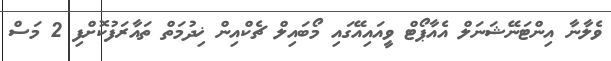
ވެލާނާ އިންޓަނޭޝަނަލް އެއާޕޯޓް ވީއައިއޭގައި މޯބައިލް ޗެކްއިން ޚިދުމަތް ތައާރަފުކޮށްފި 2 މަސް